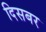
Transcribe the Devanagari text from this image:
दिसबर